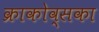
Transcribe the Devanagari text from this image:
क्राकोव्सका